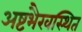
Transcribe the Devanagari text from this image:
अष्टभैरवस्थित